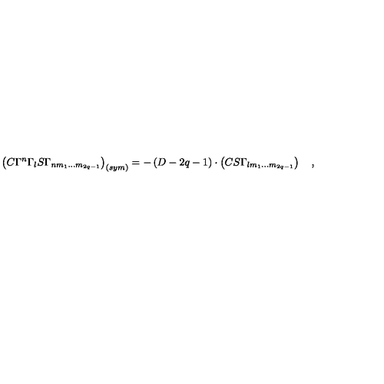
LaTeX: \left( C \Gamma ^ { n } \Gamma _ { l } S \Gamma _ { n m _ { 1 } \ldots m _ { 2 q - 1 } } \right) _ { \left( s y m \right) } = - \left( D - 2 q - 1 \right) \cdot \left( C S \Gamma _ { l m _ { 1 } \ldots m _ { 2 q - 1 } } \right) \quad ,